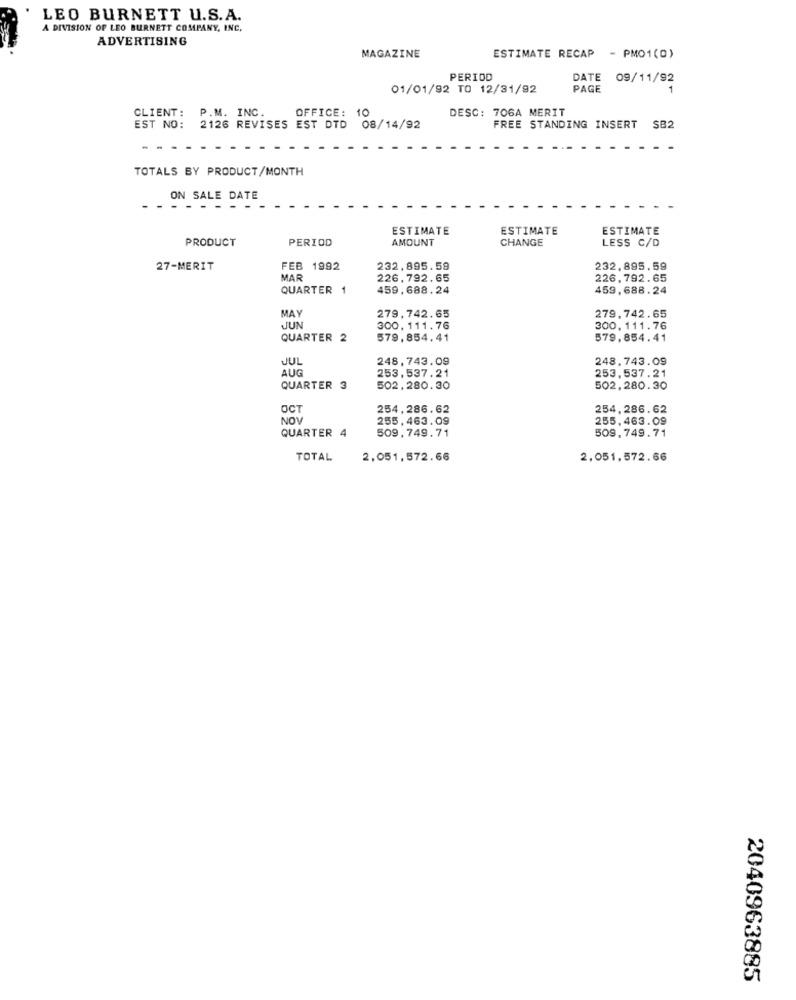
LEO BURNETT U.S.A.
A DIVISION OF LEO BURNETT COMPANY, INC.
ADVERTISING
ESTIMATE RECAP
MAGAZINE
- PMO1(0)
PERIOD
DATE
09/11/92
01/01/92 TO 12/31/92
PAGE
CLIENT:
P.M. INC.
OFFICE:
10
DESC: 706A MERIT
EST NO:
2126 REVISES EST DTD 08/14/92
FREE STANDING INSERT
SB2
TOTALS BY PRODUCT/MONTH
ON SALE DATE
ESTIMATE
ESTIMATE
ESTIMATE
PRODUCT
PERIOD
AMOUNT
CHANGE
LESS C/D
27-MERIT
FEB 1992
232,895.59
232,895.59
MAR
226,792.65
226,792.65
QUARTER 1
459,688.24
459,688.24
MAY
279,742.65
279,742.65
JUN
300, 111.76
300. 111.76
QUARTER 2
579,854.41
579.854.41
JUL
248,743.09
248.743.09
AUG
253,537.21
253.537.21
QUARTER 3
502,280.30
502,280.30
254,286.62
254, 286.62
NOV
255, 463.09
255.463.09
QUARTER 4
509,749.71
509.749.71
TOTAL
2,051,572.66
2.051,572.66
2040963885